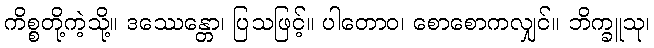
ကိစ္စတို့ကဲ့သို့။ ဒဿေန္တော၊ ပြသဖြင့်။ ပါတောဝ၊ စောစောကလျှင်။ ဘိက္ခူသု၊